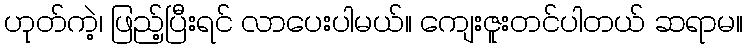
ဟုတ်ကဲ့၊ ဖြည့်ပြီးရင် လာပေးပါမယ်။ ကျေးဇူးတင်ပါတယ် ဆရာမ။